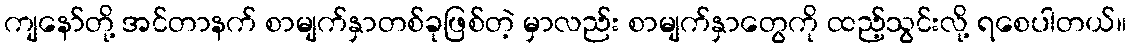
ကျနော်တို့ အင်တာနက် စာမျက်နှာတစ်ခုဖြစ်တဲ့ မှာလည်း စာမျက်နှာတွေကို ထည့်သွင်းလို့ ရစေပါတယ်။